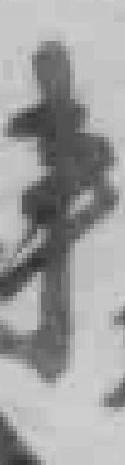
事